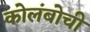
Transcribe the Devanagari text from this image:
कोलंबोची